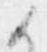
候